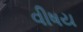
વીષય